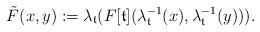
LaTeX: \begin{align*}\tilde F(x,y):=\lambda_{\mathfrak{t}}(F[\mathfrak{t}](\lambda^{-1}_{\mathfrak{t}}(x),\lambda^{-1}_{\mathfrak{t}}(y) )).\end{align*}